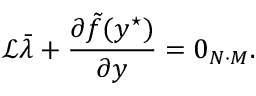
\mathcal { L } \bar { \lambda } + \frac { \partial \tilde { f } ( y ^ { \star } ) } { \partial y } = 0 _ { N \cdot M } .